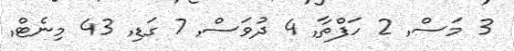
3 މަސް